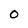
Character: O